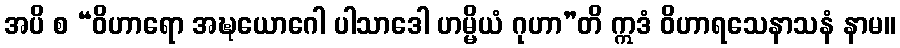
အပိ စ “ဝိဟာရော အဍ္ဎယောဂေါ ပါသာဒေါ ဟမ္မိယံ ဂုဟာ”တိ ဣဒံ ဝိဟာရသေနာသနံ နာမ။